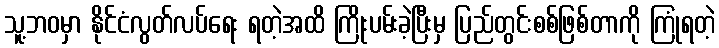
သူ့ဘဝမှာ နိုင်ငံလွတ်လပ်ရေး ရတဲ့အထိ ကြိုးပမ်းခဲ့ပြီးမှ ပြည်တွင်းစစ်ဖြစ်တာကို ကြုံရတဲ့